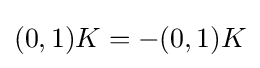
{\textstyle (0,1)K=-(0,1)K}